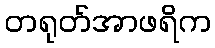
တရုတ်အာဖရိက